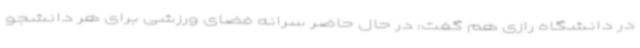
در دانشگاه رازی هم گفت: در حال حاضر سرانه فضای ورزشی برای هر دانشجو